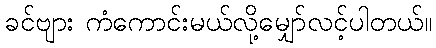
ခင်ဗျား ကံကောင်းမယ်လို့မျှော်လင့်ပါတယ်။